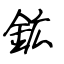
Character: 鉱